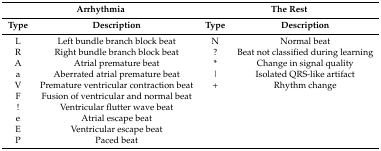
| <COLSPAN=2> Arrhythmia | <COLSPAN=2> The Rest |
 | Type | Description | Type | Description |
 | --- | --- | --- | --- |
 | L | Left bundle branch block beat | N | Normal beat |
 | R | Right bundle branch block beat | ? | Beat not classified during learning |
 | A | Atrial premature beat | * | Change in signal quality |
 | a | Aberrated atrial premature beat | | | Isolated QRS-like artifact |
 | V | Premature ventricular contraction beat | + | Rhythm change |
 | F | Fusion of ventricular and normal beat |  |  |
 | ! | Ventricular flutter wave beat |  |  |
 | e | Atrial escape beat |  |  |
 | E | Ventricular escape beat |  |  |
 | P | Paced beat |  |  |